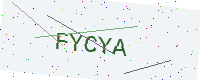
Text: FYCYA